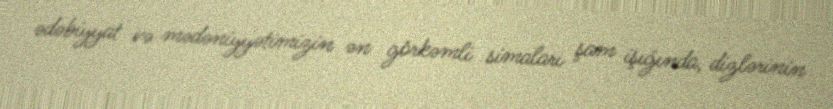
ədəbiyyat və mədəniyyətimizin ən görkəmli simaları şam işığında, dizlərinin